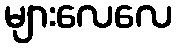
များလေလေ